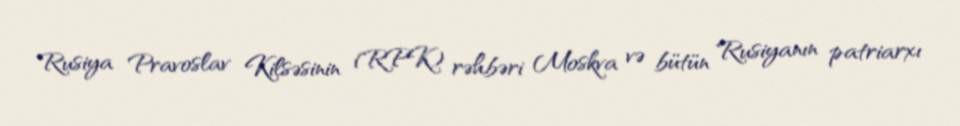
Rusiya Pravoslav Kilsəsinin (RPK) rəhbəri Moskva və bütün Rusiyanın patriarxı